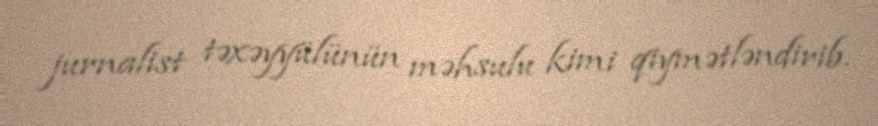
jurnalist təxəyyülünün məhsulu kimi qiymətləndirib.